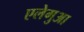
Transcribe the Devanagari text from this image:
एलेगुआ